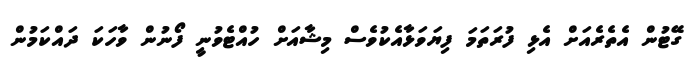
ގޭޓުން އެތެރެއަށް އެޅި ފުރަތަމަ ފިޔަވަޅާއެކުވެސް މިޝާއަށް ހުއްޓެވުނީ ފޯނުން ވާހަކަ ދައްކަމުން